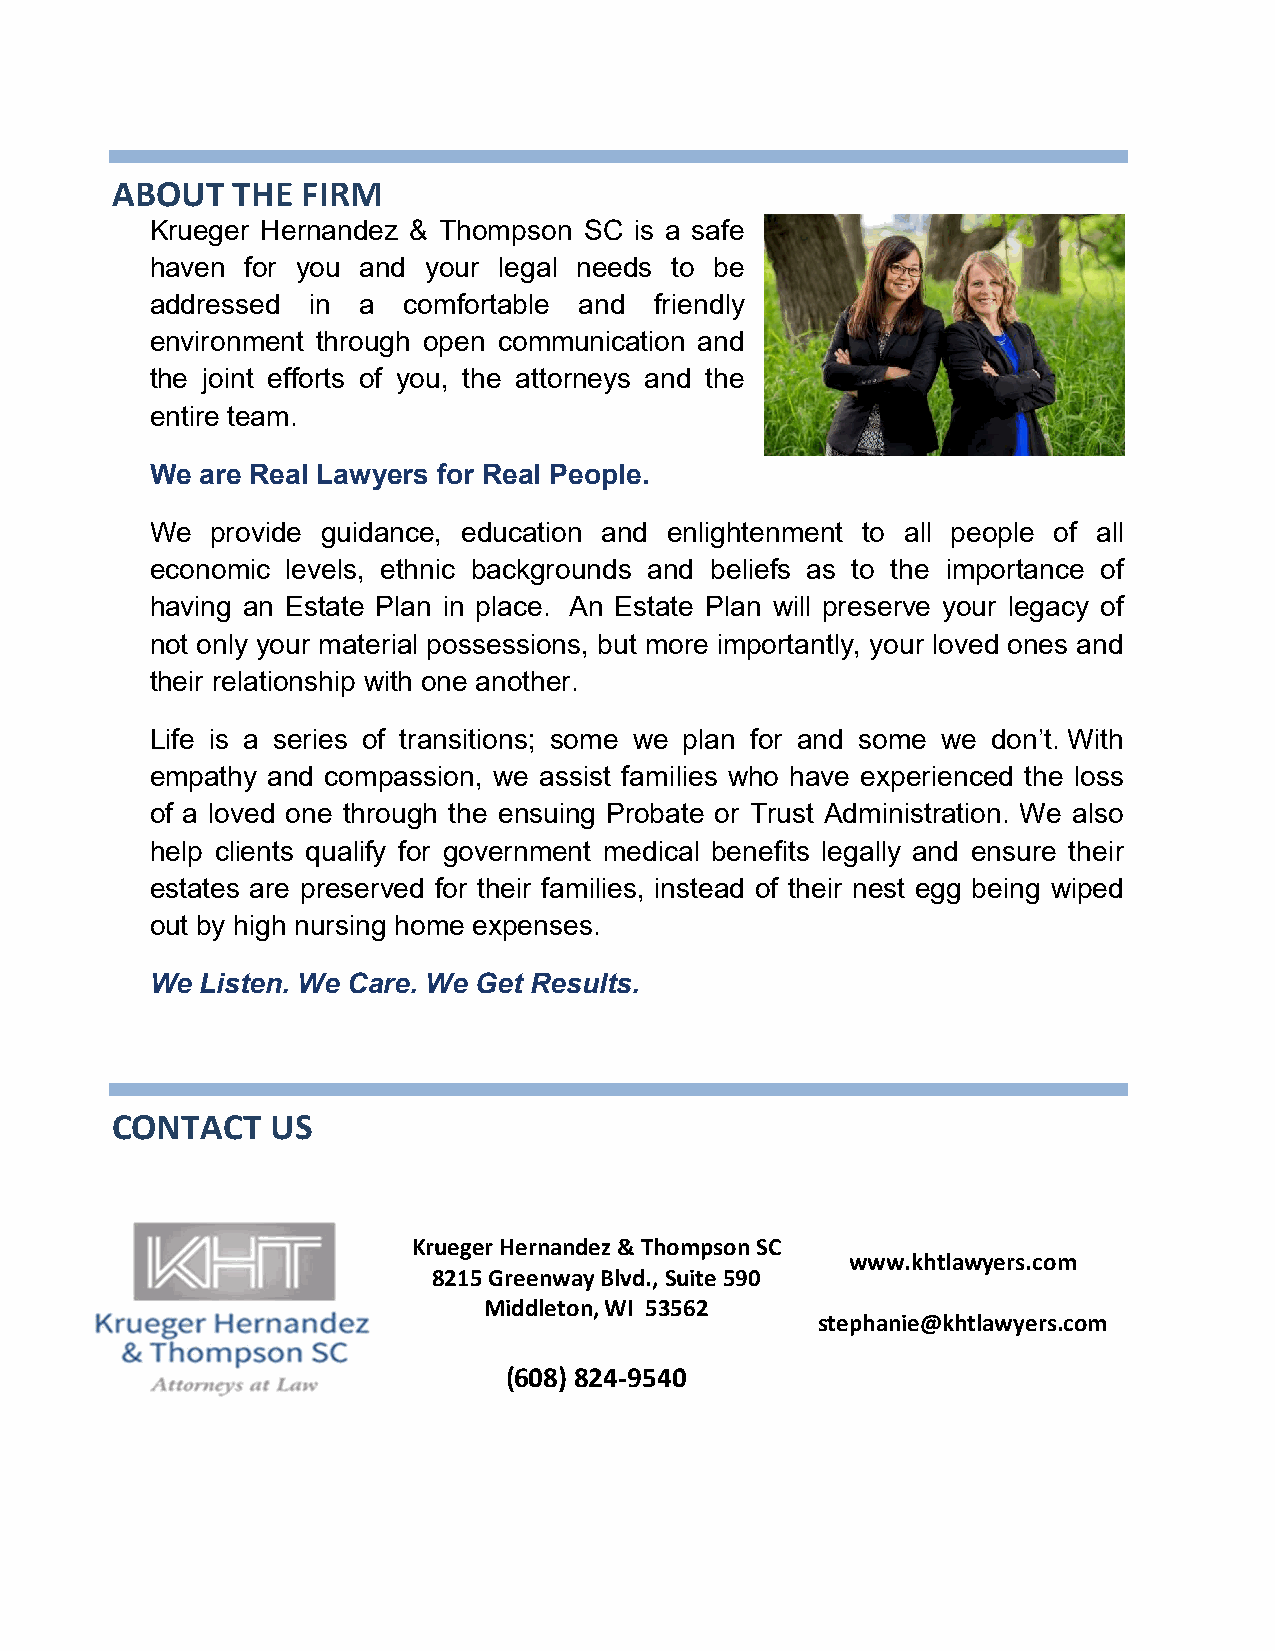
ABOUT   THE  FIRM
 Krueger Hernandez & Thompson SC is a safe
 haven for you and your legal needs to be
 addressed  in a  comfortable and friendly
 environment through open communication and
 the joint efforts of you, the attorneys and the
 entire team.
 We are Real Lawyers for Real People.
 We  provide guidance, education and enlightenment to all people of all
 economic levels, ethnic backgrounds and beliefs as to the importance of
 having an Estate Plan in place. An Estate Plan will preserve your legacy of
 not only your material possessions, but more importantly, your loved ones and
 their relationship with one another.
 Life is a series of transitions; some we plan for and some we don’t. With
 empathy and compassion, we assist families who have experienced the loss
 of a loved one through the ensuing Probate or Trust Administration. We also
 help clients qualify for government medical benefits legally and ensure their
 estates are preserved for their families, instead of their nest egg being wiped
 out by high nursing home expenses.
 We Listen. We Care. We Get Results.
 CONTACT    US
 Krueger Hernandez & Thompson SC
 www.khtlawyers.com
 8215 Greenway Blvd., Suite 590
 Middleton, WI 53562
 stephanie@khtlawyers.com
 (608) 824-9540